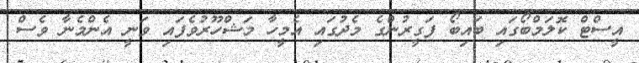
އީސްޓް ކޮލަމްބޯގައި ބައިބޯ ފަގީރުންގެ މެދުގައި އެމީހާ މަޝްހޫރުވެފައި ވަނީ އެންމެނާ ވެސް